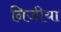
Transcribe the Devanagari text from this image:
निजीया